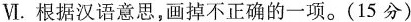
Ⅵ.根据汉语意思,画掉不正确的一项。（15分）